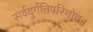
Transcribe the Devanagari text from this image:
सर्वदुर्गतिपरिशोधन